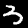
Label: 3